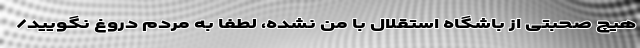
هیچ صحبتی از باشگاه استقلال با من نشده، لطفا به مردم دروغ نگویید/